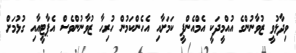
ވިދާޅުވީ ޒުވާނުންގެ އުއްމީދަކީ އެމްއެންޕީ ކަމަށާއި އެހެންކަމުން ހުރިހާ ޒުވާނުންވެސް އެޕާޓީއާއި ގުޅުމަށް